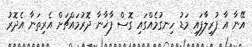
އޭނާ އާ ފުރިލާފައި މަޑު ހިނގުމެއްގައި ގޮސް ފާޚާނާ ދޮރުމައްޗަށް އެރިތަނާ އެދޮރު